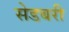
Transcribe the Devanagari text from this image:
सेडबरी